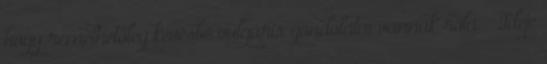
hogy remélhetőleg kevésbé vulgáris gondolatai vannak róla. – Ideje